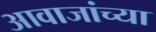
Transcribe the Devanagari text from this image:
आवाजांच्या